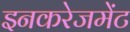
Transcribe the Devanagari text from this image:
इनकरेजमेंट